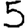
Digit: 5